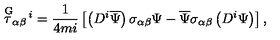
\stackrel { \mathrm { G } } { \tau } _ { \alpha \beta } { } ^ { \! i } = \frac { 1 } { 4 m i } \left[ \left( D ^ { i } \overline { { \Psi } } \right) \sigma _ { \alpha \beta } \Psi - \overline { { \Psi } } \sigma _ { \alpha \beta } \left( D ^ { i } \Psi \right) \right] ,